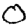
Digit: 0